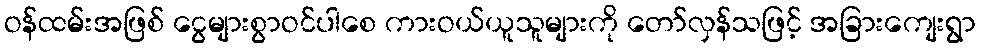
ဝန်ထမ်းအဖြစ် ငွေများစွာဝင်ပါစေ ကားဝယ်ယူသူများကို တော်လှန်သဖြင့် အခြားကျေးရွာ